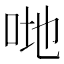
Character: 哋